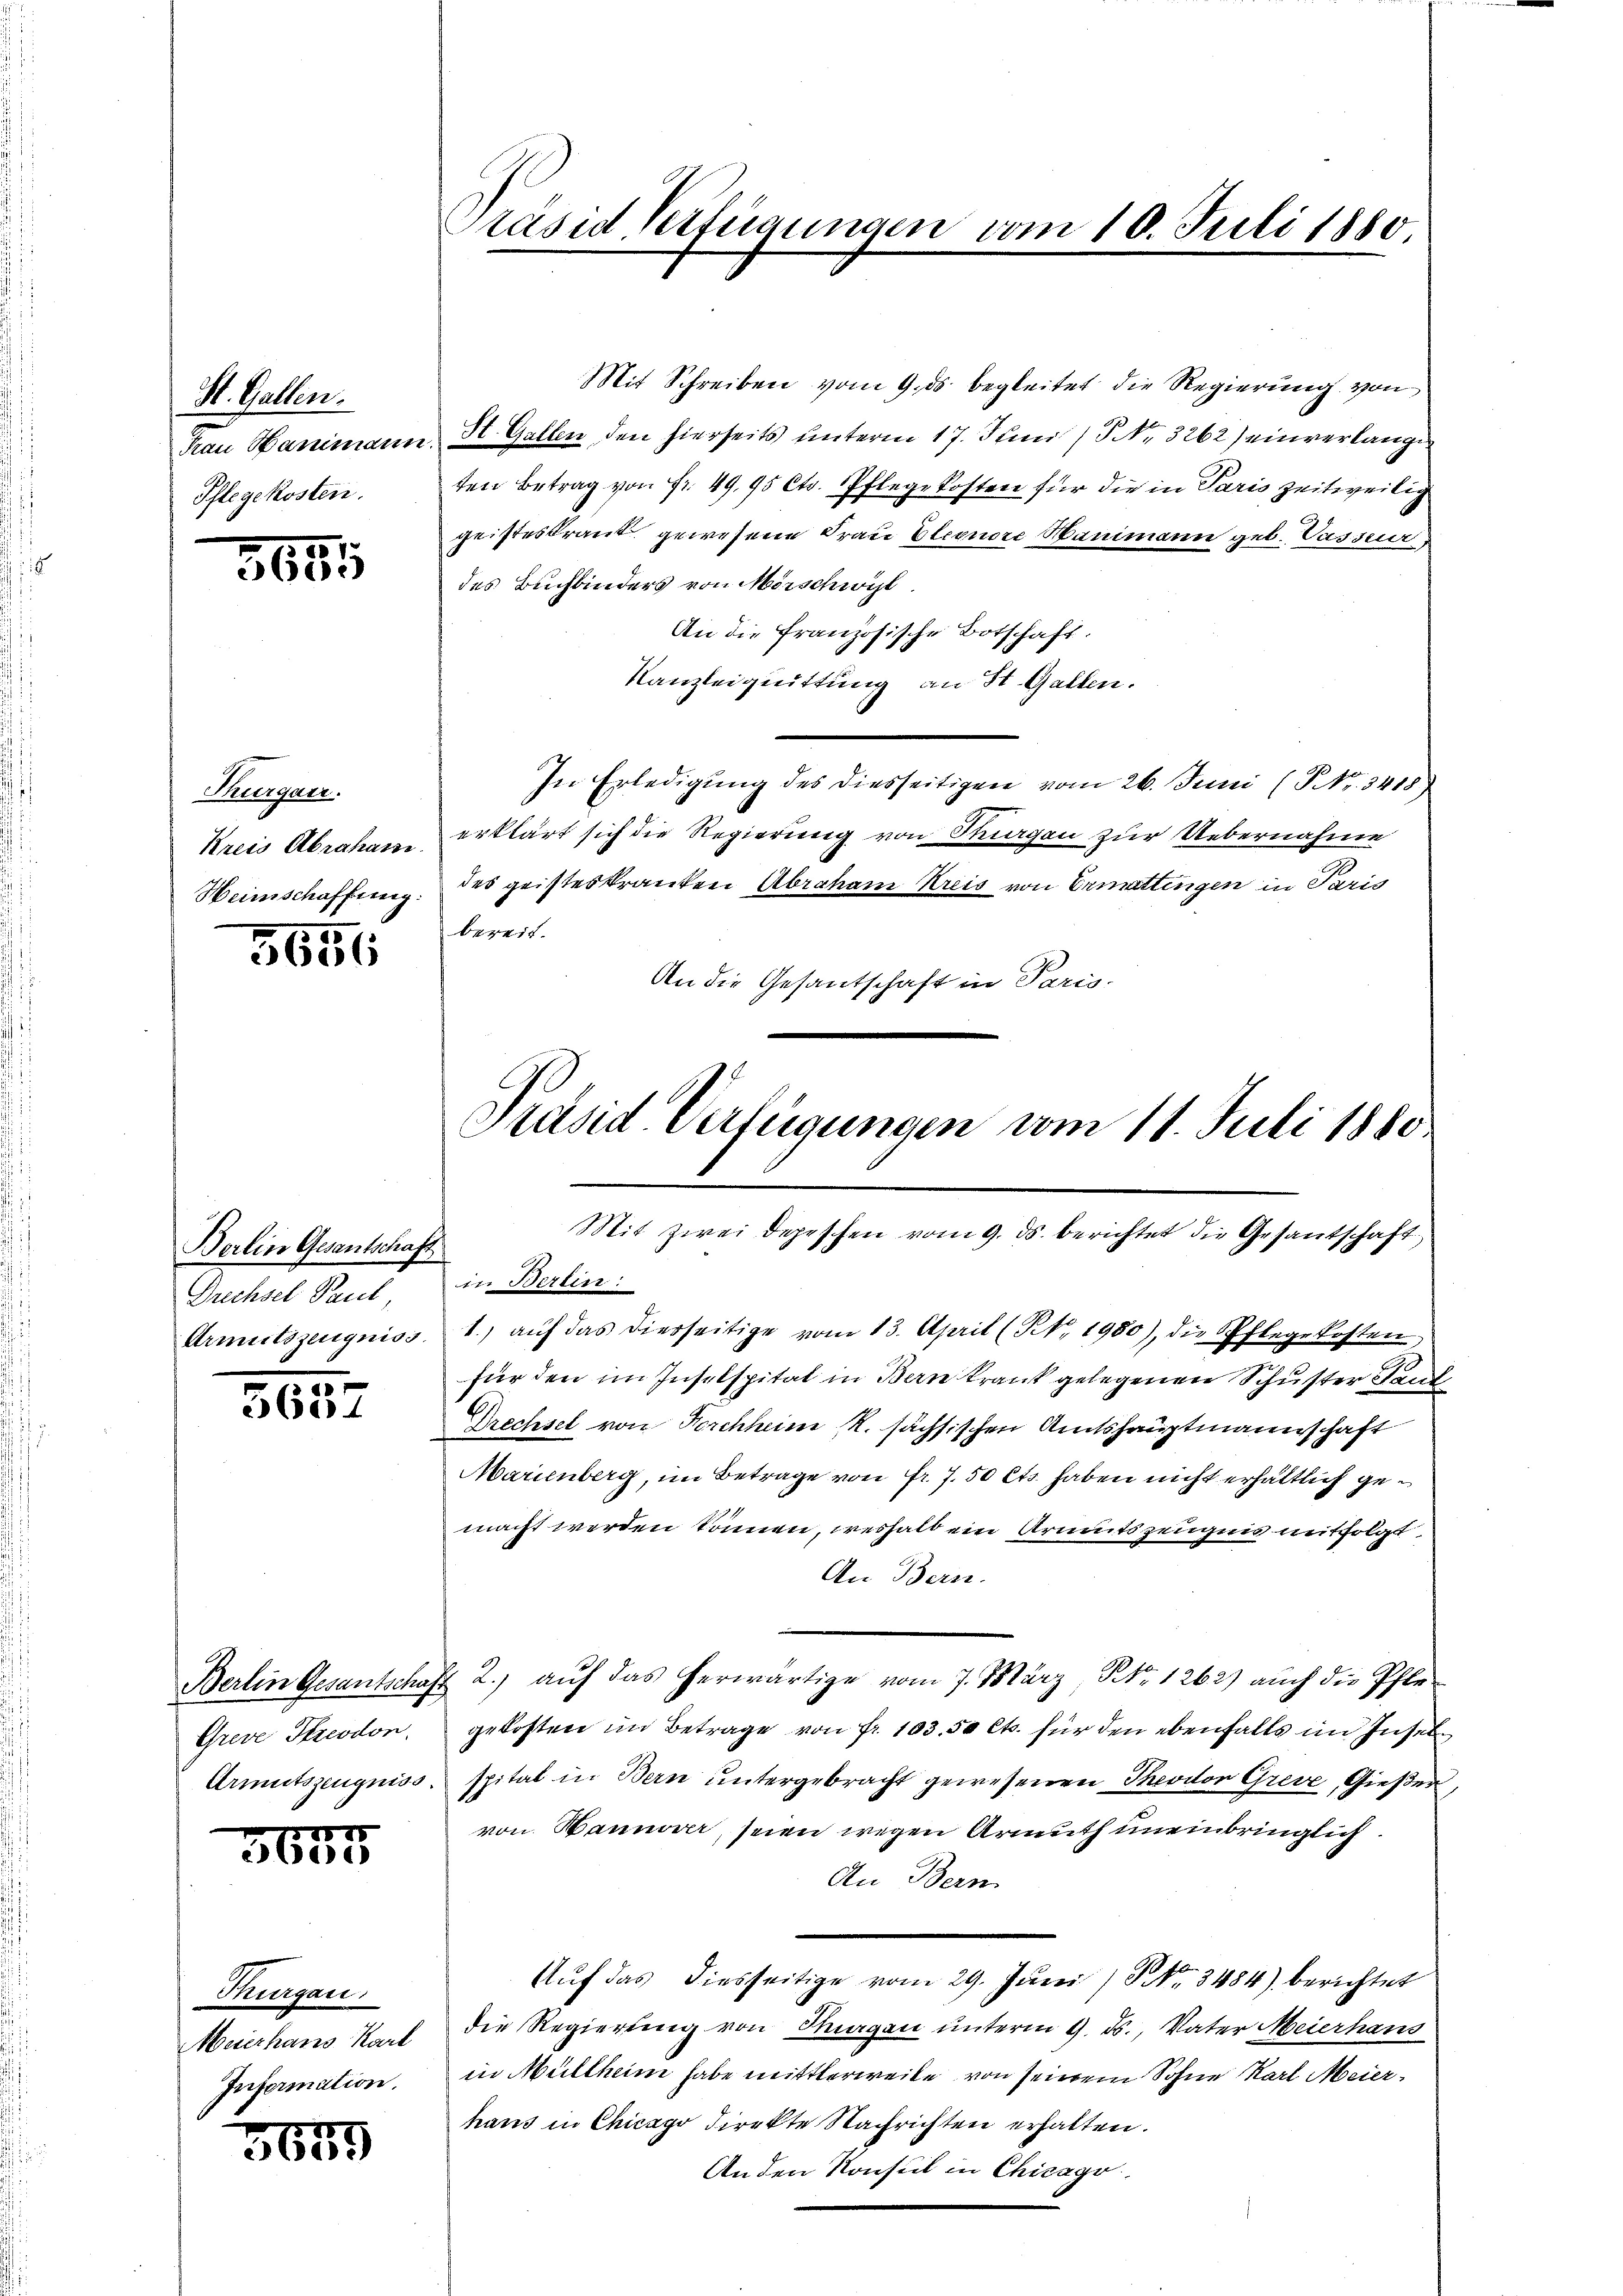
St. Gallen.
Pflegekosten.

3685

Thurgaur.
Kreis Abraham.
Heimschaffung.

5656

Berlin Gesantschaft
Drechsel Paul,

35.
565.

Greve Streodon.

1875
5bos

Thurgau.
Information.

57
3655

Mit Schreiben vom 9. ds. begleitet die Regierung von
Frau Hanimann, St. Gallen den hierseits unterm 17. Juni / NNo. 3262) einverlange
ten Betrag von fr. 49,95 Cts. Pflegekosten für die in Paris zeitweilig
geisteskrant gewesene Frau Eleonore Manimann geb. Passur
des Buchbinders von Mörschwyl
An die Französische Botschaft.
Kanzleiquittung an St. Gallen.
In Erledigŭng des diesseitigen vom 26. Juni (Nr. 3418)
erklärt sich die Regierung von Sargau zur Uebernahme
des geisteskranken Abraham Kreis von Ermattingen in Paris
bereit.
An die Gesantschaft in Paris-

Präsid Verfügungen vom 10. Juli 1880

Präsid Verfügungen vom 11. Juli 1880
Mit zwei Depeschen vom 9. ds. berichtet die Gesantschaft

in Berlin:
Armutszeugniss 1. aŭf das diesseitige vom 13. April (N. 1980), die Pflegekosten,
für den im Inselspital in Bern krank gelegenen Schuster Sand
Drechsel von Forchheim R. sächsischen Amtshauptmannschaft
Marienberg, im Betrage von fr. 7. 50 Cts. haben nicht erhältlich gemacht werden können, weshalb ein Armutszeugnis mitfolgt,
An Bern.
Berlin Gesantschaft 2.) auf das herwärtige vom 7. März, No. 1262) auch die Pflegekosten im Betrage von fr. 103. 50 Cts. für den ebenfalls im Insel
Armutszeugniss. Spital in Bern untergebracht gewesenen Theviton Greve, Gießer
von Baumwar, seien wegen Armuth uneinbringlich.
An Bern
Auf das diesseitige vom 29. Juni / NNo. 3484) berichtet
Muerhans Kart die Regierŭng von Thurgau ŭnterm 9. ds., Vater Meierhans
in Müllheim habe mittlerweite von seinem Sohne Karl Meierhaus in Chicago direkte Nachrichten erhalten.
An den Konsul in Chicago
s